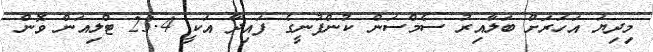
މިދިޔަ އަހަރަށް ބަލާއިރު ސެމްސަން ކުންފުނީގެ ފައިދާ އަކީ 23.4 ޓްލިއަން ވޮން